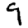
Digit: 9